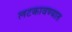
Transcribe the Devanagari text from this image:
लटकावण्यात